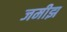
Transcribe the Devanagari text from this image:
जमीझ